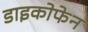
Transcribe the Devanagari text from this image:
डाइकोफेन